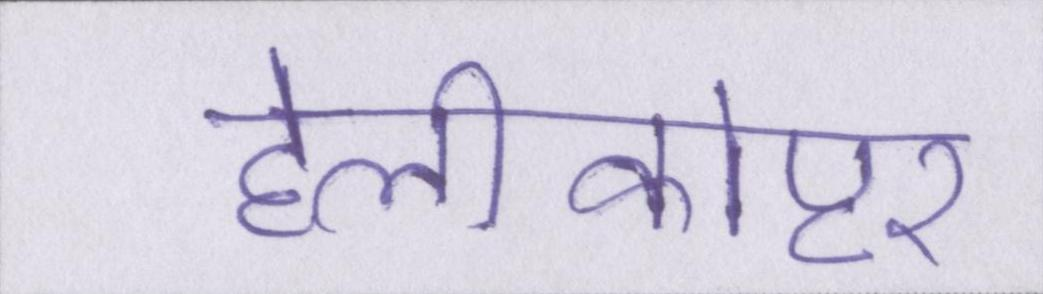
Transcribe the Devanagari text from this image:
हेलीकोप्टर